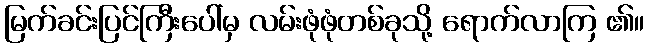
မြက်ခင်းပြင်ကြီးပေါ်မှ လမ်းဖုံဖုံတစ်ခုသို့ ရောက်လာကြ ၏။